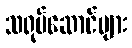
သရုပ်ဆောင်များ